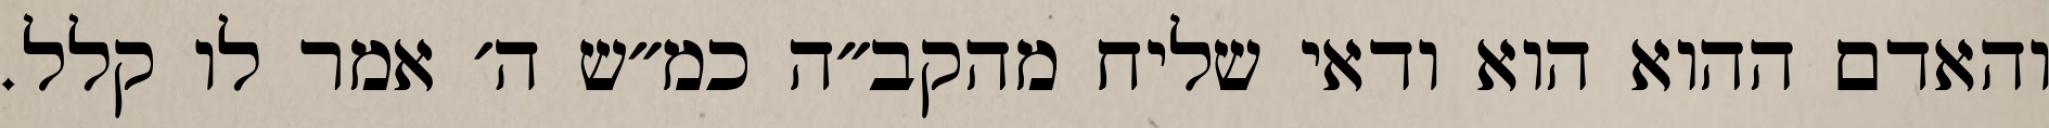
והאדם ההוא הוא ודאי שליח מהקב״ה כמ״ש ה׳ אמר לו קלל.